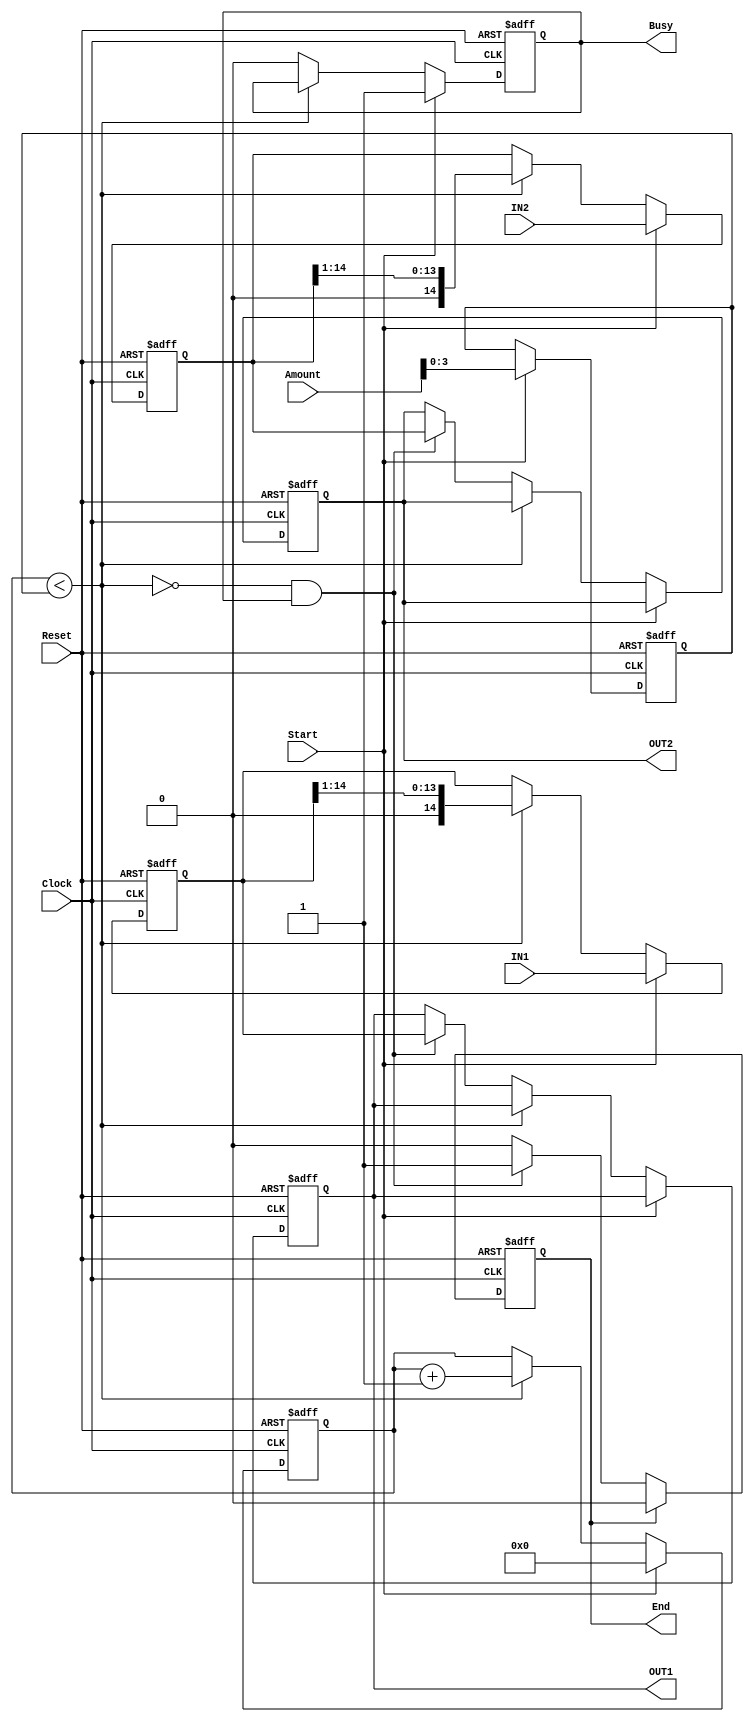


/* Portlist
RightShifter2 rs2(.Clock(Clock),.Reset(Reset),.Start(),.IN1(),.IN2(),
	.Amount(),.OUT1(),.OUT2(),.Busy(),.End());
*/
module RightShifter2
#(
	parameter bw_in = 15
)
(
	input Clock,Reset,Start,
	input [bw_in-1:0] IN1,IN2,
	input [4:0]	Amount,
	
	output reg [bw_in-1:0] OUT1,OUT2,
	output reg Busy,End
);
	
	//
	reg [3:0] rCount,rAmount;
	reg [bw_in-1:0]	rSR1,rSR2;
	
	wire wSeqEn = (rCount < rAmount);
	
	always@(posedge Clock or posedge Reset) begin
		if(Reset)begin
			rCount		<= 0;
			rSR1		<= 0;
			rSR2		<= 0;
			End			<= 0;
			Busy		<= 0;
			rAmount		<= 0;
			OUT1		<= 0;
			OUT2		<= 0;
		end else begin
			if(Start) begin
				rSR1		<= IN1;
				rSR2		<= IN2;
				rCount		<= 0;
				rAmount		<= Amount;
			end else if(wSeqEn) begin
				rSR1	<= {1'b0,rSR1[bw_in-1:1]};
				rSR2	<= {1'b0,rSR2[bw_in-1:1]};
				rCount	<= rCount + 1;
			end else if (!wSeqEn && Busy) begin
				OUT1	<= rSR1;
				OUT2	<= rSR2;
			end
			
			if(Start)
				Busy	<= 1'b1;
			else if (!wSeqEn)
				Busy	<= 1'b0;
			
			if(End)
				End		<= 1'b0;
			else if (!wSeqEn && Busy)
				End		<= 1'b1;
		end
	end
endmodule